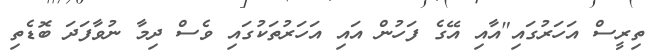
ތިރީސް އަަހަރުގައި"އާއި އޭގެ ފަހުން އައި އަހަރުތަކުގައި ވެސް ދިމާ ނުވާފަދަ ބޮޑެތި